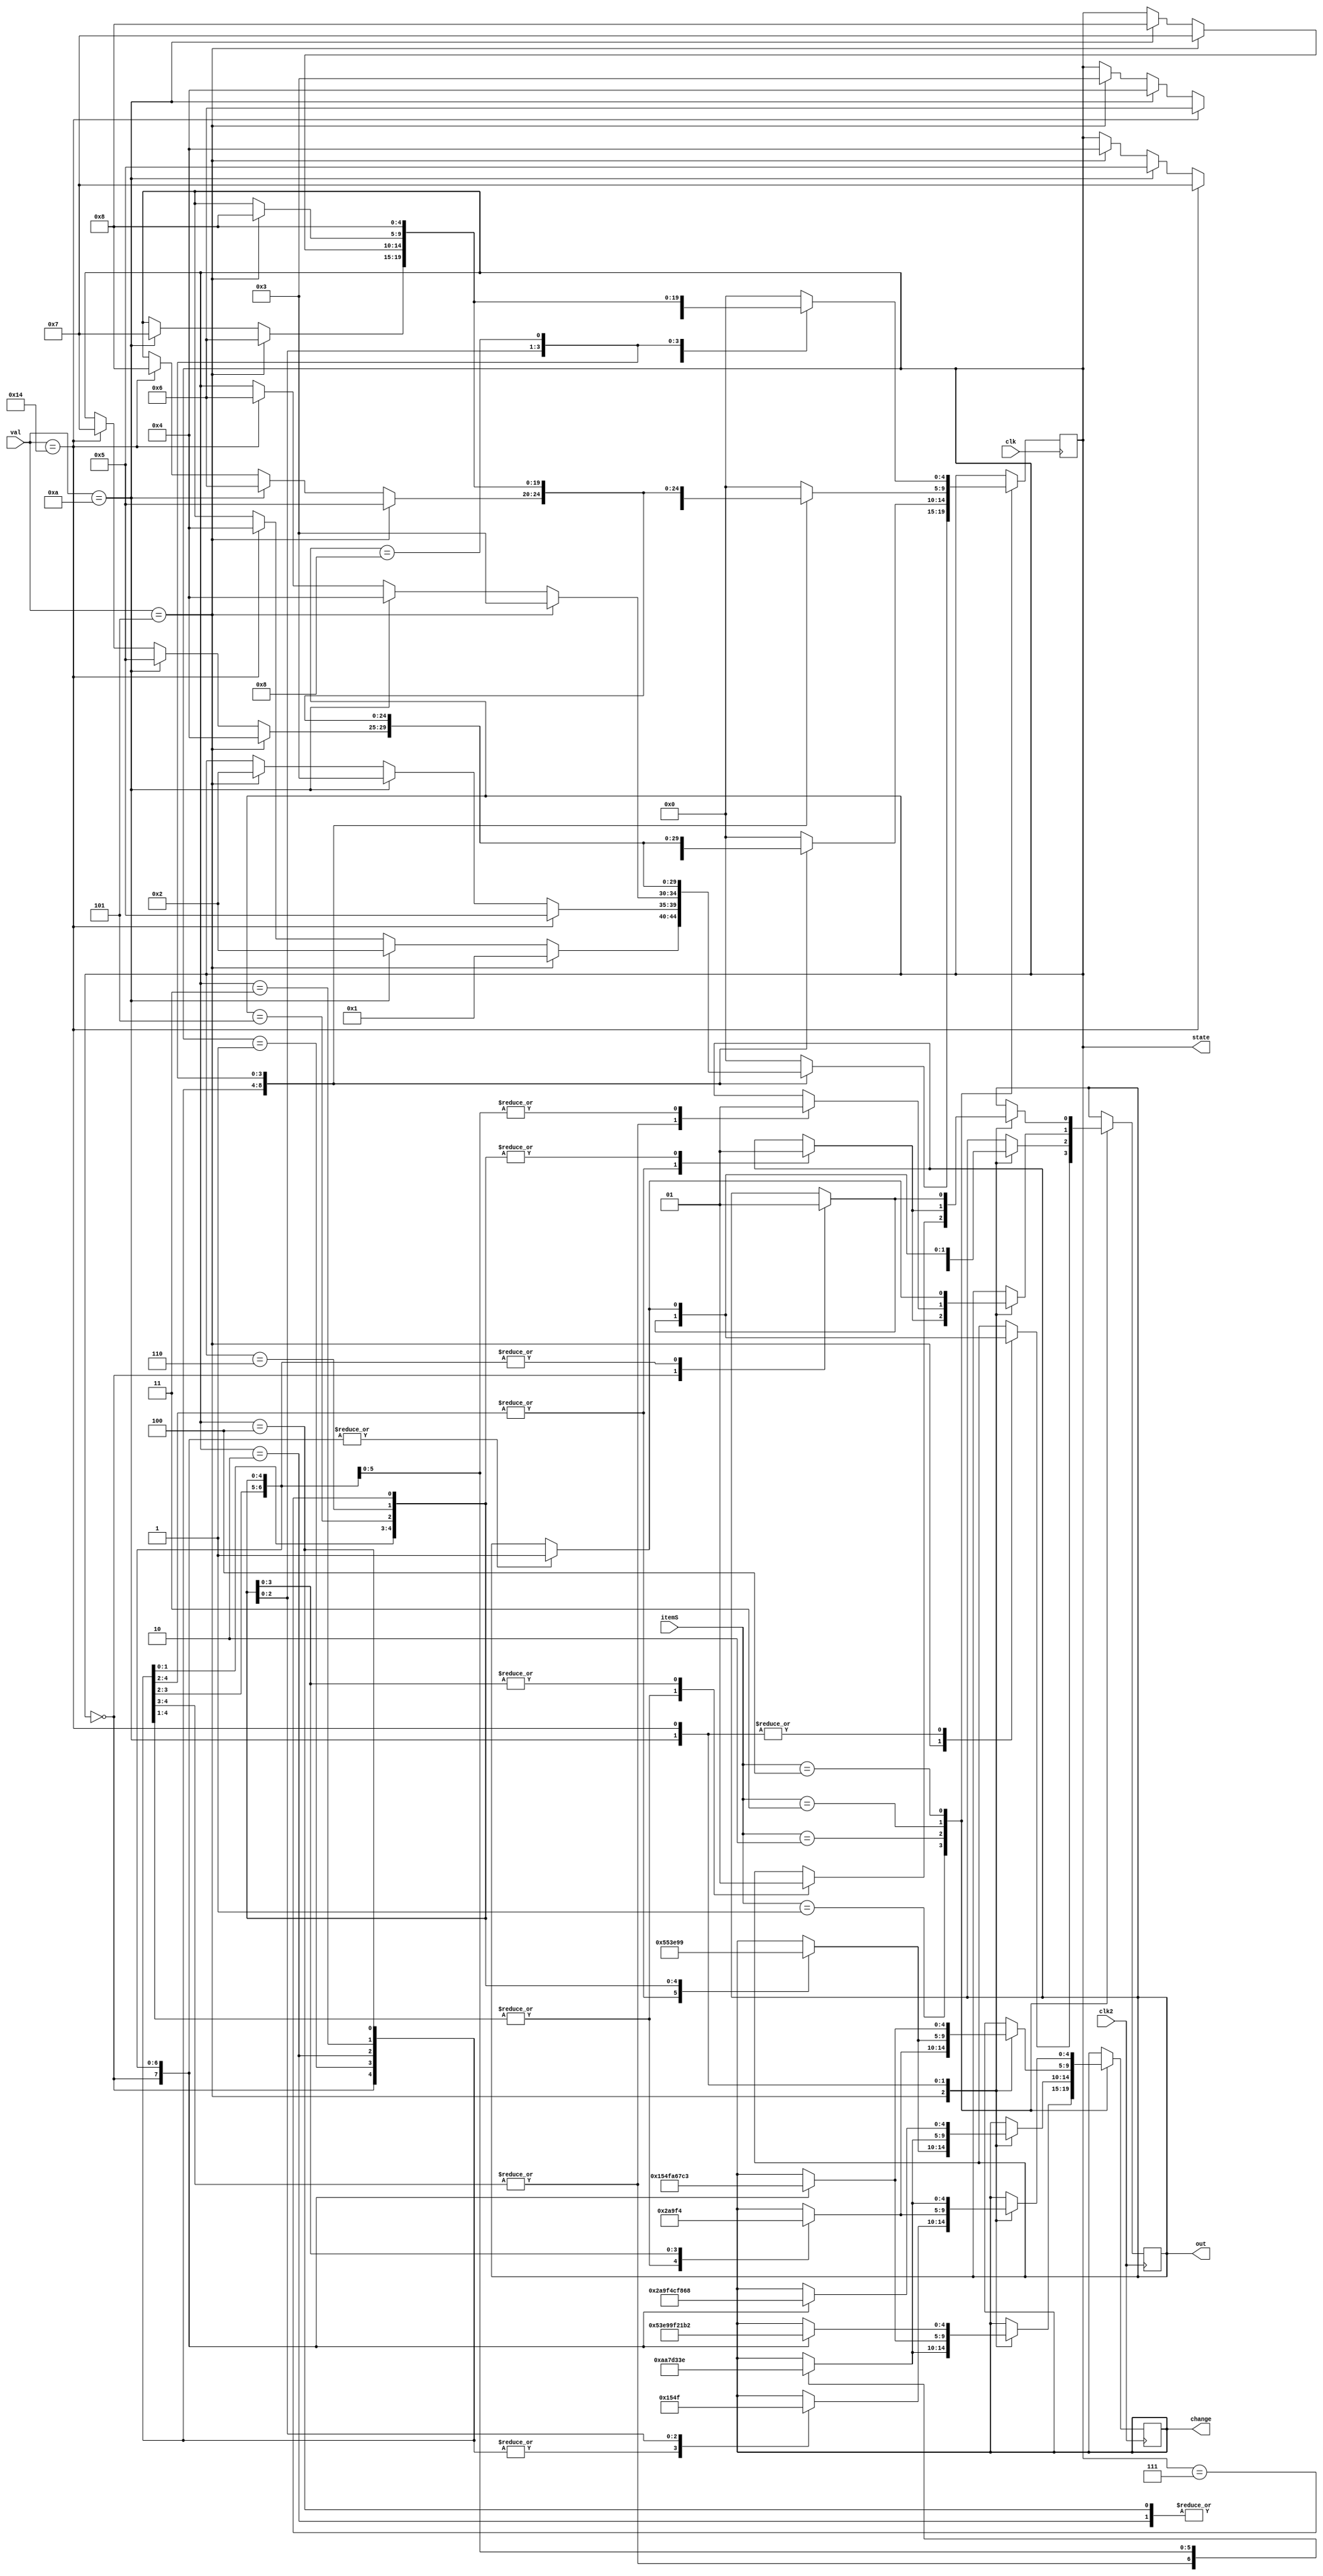
module V1(clk,clk2,itemS,val,out,change,state);
input clk,clk2;
input [4:0] val,itemS;
output reg [4:0] state;
output reg [4:0]change;
output reg out;
parameter C0=0,C1=5,C2=10,C3=15,C4=20,C5=25,C6=30,C7=35,C8=40;
parameter none=0,Grape=1,Orange=2,Mango=3,Pineapple=4;
parameter S0=0,S1=1,S2=2,S3=3,S4=4,S5=5,S6=6,S7=7,S8=8;
always@(posedge clk)
begin 
    case(itemS)
    Grape:
    begin
        case(state)
        S0:
        begin
            if(val==5)
            state<=S1;
            else if(val==10)
            state<=S2;
            else if(val==20)
            state<=S4;
        end
        S1:
        begin 
            if(val==5)
            state<=S2;
            if(val==10)
            state<=S3;
            if(val==20)
            state<=S5;
        end
        S2:
        begin
            if(val==5)
            state<=S3;
            else if(val==10)
            state<=S4;
            else if(val==20)
            state<=S6;
        end
        S3:
        begin
            if(val==5)
            state<=S4;
            else if(val==10)
            state<=S5;
            else if(val==20)
            state<=S7;
        end
        S4:
        begin
            if(val==5)
            state<=S5;
            else if(val==10)
            state<=S6;
            else if(val==20)
            state<=S8;
        end
        S5:
        begin
            if(val==5)
            state<=S6;
            else if(val==10)
            state<=S7;
        end
        S6:
        if(val==5)
            state<=S7;
        else if(val==10)
            state<=S8;
        S7:
        if(val==5)
            state<=S8;
        S8:
        state<=S8;
        default:
        state<=S0;
    endcase
    end
    Orange:
    begin
        case(state)
        S0:
        begin
            if(val==5)
            state<=S1;
            else if(val==10)
            state<=S2;
            else if(val==20)
            state<=S4;
        end
        S1:
        begin 
            if(val==5)
            state<=S2;
            if(val==10)
            state<=S3;
            if(val==20)
            state<=S5;
        end
        S2:
        begin 
            if(val==5)
            state<=S3;
            if(val==10)
            state<=S4;
            if(val==20)
            state<=S6;
        end
        S3:
        begin
            if(val==5)
            state<=S4;
            else if(val==10)
            state<=S5;
            else if(val==20)
            state<=S7;
        end
        S4:
        begin
            if(val==5)
            state<=S5;
            else if(val==10)
            state<=S6;
            else if(val==20)
            state<=S8;
        end
        S5:
        begin
            if(val==5)
            state<=S6;
            else if(val==10)
            state<=S7;
        end
        S6:
        begin
            if(val==5)
            state<=S7;
            else if(val==10)
            state<=S8;
        end
        S7:
        begin
            if(val==5)
            state<=S8;
        end
        S8:
        state<=S8;
        default:
        state<=S0;
        endcase 
    end
    Mango:
    begin 
        case(state)
        S0:
        begin
            if(val==5)
            state<=S1;
            else if(val==10)
            state<=S2;
            else if(val==20)
            state<=S4;
        end
        S1:
        begin 
            if(val==5)
            state<=S2;
            if(val==10)
            state<=S3;
            if(val==20)
            state<=S5;
        end
        S2:
        begin 
            if(val==5)
            state<=S3;
            if(val==10)
            state<=S4;
            if(val==20)
            state<=S6;
        end
        S3:
        begin 
            if(val==5)
            state<=S4;
            if(val==10)
            state<=S5;
            if(val==20)
            state<=S7;
        end
        S4:
        begin
            if(val==5)
            state<=S5;
            else if(val==10)
            state<=S6;
            else if(val==20)
            state<=S8;
        end
        S5:
        begin
            if(val==5)
            state<=S6;
            else if(val==10)
            state<=S7;
        end
        S6:
        begin
            if(val==5)
            state<=S7;
            else if(val==10)
            state<=S8;
        end
        S7:
        begin
            if(val==5)
            state<=S8;
        end
        S8:
        state<=S8;
        default:
        state<=S0;
        endcase
    end
    Pineapple:
    begin
        case(state)
        S0:
        begin
            if(val==5)
            state<=S1;
            else if(val==10)
            state<=S2;
            else if(val==20)
            state<=S4;
        end
        S1:
        begin 
            if(val==5)
            state<=S2;
            if(val==10)
            state<=S3;
            if(val==20)
            state<=S5;
        end
        S2:
        begin 
            if(val==5)
            state<=S3;
            if(val==10)
            state<=S4;
            if(val==20)
            state<=S6;
        end
        S3:
        begin 
            if(val==5)
            state<=S4;
            if(val==10)
            state<=S5;
            if(val==20)
            state<=S7;
        end
        S4:
        begin 
            if(val==5)
            state<=S3;
            if(val==10)
            state<=S4;
            if(val==20)
            state<=S6;
        end
        S5:
        begin
            if(val==5)
            state<=S6;
            else if(val==10)
            state<=S7;
        end
        S6:
        begin
            if(val==5)
            state<=S7;
            else if(val==10)
            state<=S8;
        end
        S7:
        begin
            if(val==5)
            state<=S8;
        end
        S8:
        state<=S8;
        default:
        state<=S0;
        endcase
    end
    endcase
end
always@(posedge clk2)
begin 
    case(itemS)
    Grape:
        case(val)
        C1:
        begin 
            case(state)
                S0:begin
                out=0;change=0;end
                S1:begin
                out=1;change=0;end
                S2:begin
                out=1;change=5;end
                S3:begin
                out=1;change=10;end
                S4:begin
                out=1;change=15;end
                S5:begin
                out=1;change=20;end
                S6:begin
                out=1;change=25;end
                S7:begin
                out=5;change=30;end
            endcase
        end
        C2:
        begin 
            case(state)
                S0:begin
                out=1;change=0;end
                S1:begin
                out=1;change=5;end
                S2:begin
                out=1;change=10;end
                S3:begin
                out=1;change=15;end
                S4:begin
                out=1;change=20;end
                S5:begin
                out=1;change=25;end
                S6:begin
                out=1;change=30;end
                S7:begin
                out=5;change=35;end
            endcase
        end
        C4:
        begin 
            case(state)
                S0:begin
                out=1;change=10;end
                S1:begin
                out=1;change=15;end
                S2:begin
                out=1;change=20;end
                S3:begin
                out=1;change=25;end
                S4:begin
                out=1;change=30;end
                S5:begin
                out=1;change=40;end
                S6:begin
                out=1;change=45;end
                S7:begin
                out=5;change=50;end
            endcase
        end
        endcase
    Orange:
        case(val)
        C1:
        begin 
            case(state)
                S0:begin
                out=0;change=0;end
                S1:begin
                out=0;change=0;end
                S2:begin
                out=1;change=0;end
                S3:begin
                out=1;change=5;end
                S4:begin
                out=1;change=10;end
                S5:begin
                out=1;change=15;end
                S6:begin
                out=1;change=20;end
                S7:begin
                out=5;change=25;end
            endcase
        end
        C2:
        begin 
            case(state)
                S0:begin
                out=0;change=0;end
                S1:begin
                out=1;change=0;end
                S2:begin
                out=1;change=5;end
                S3:begin
                out=1;change=10;end
                S4:begin
                out=1;change=15;end
                S5:begin
                out=1;change=20;end
                S6:begin
                out=1;change=25;end
                S7:begin
                out=5;change=30;end
            endcase
        end
        C4:
        begin 
            case(state)
                S0:begin
                out=1;change=5;end
                S1:begin
                out=1;change=10;end
                S2:begin
                out=1;change=15;end
                S3:begin
                out=1;change=20;end
                S4:begin
                out=1;change=25;end
                S5:begin
                out=1;change=30;end
                S6:begin
                out=1;change=35;end
                S7:begin
                out=5;change=40;end
            endcase
        end
        endcase
    Mango:
        case(val)
        C1:
        begin 
            case(state)
                S0:begin
                out=0;change=0;end
                S1:begin
                out=0;change=0;end
                S2:begin
                out=0;change=0;end
                S3:begin
                out=1;change=0;end
                S4:begin
                out=1;change=5;end
                S5:begin
                out=1;change=10;end
                S6:begin
                out=1;change=15;end
                S7:begin
                out=5;change=20;end
            endcase
        end
        C2:
        begin 
            case(state)
                S0:begin
                out=0;change=0;end
                S1:begin
                out=0;change=0;end
                S2:begin
                out=1;change=0;end
                S3:begin
                out=1;change=5;end
                S4:begin
                out=1;change=10;end
                S5:begin
                out=1;change=15;end
                S6:begin
                out=1;change=20;end
                S7:begin
                out=5;change=25;end
            endcase
        end
        C4:
        begin 
            case(state)
                S0:begin
                out=1;change=0;end
                S1:begin
                out=1;change=5;end
                S2:begin
                out=1;change=10;end
                S3:begin
                out=1;change=15;end
                S4:begin
                out=1;change=20;end
                S5:begin
                out=1;change=25;end
                S6:begin
                out=1;change=30;end
                S7:begin
                out=1;change=35;end
            endcase
        end
        endcase
    Pineapple:
        case(val)
        C1:
        begin 
            case(state)
                S0:begin
                out=0;change=0;end
                S1:begin
                out=0;change=0;end
                S2:begin
                out=0;change=0;end
                S3:begin
                out=0;change=0;end
                S4:begin
                out=1;change=0;end
                S5:begin
                out=1;change=5;end
                S6:begin
                out=1;change=10;end
                S7:begin
                out=5;change=15;end
            endcase
        end
        C2:
        begin 
            case(state)
                S0:begin
                out=0;change=0;end
                S1:begin
                out=0;change=0;end
                S2:begin
                out=0;change=0;end
                S3:begin
                out=1;change=0;end
                S4:begin
                out=1;change=5;end
                S5:begin
                out=1;change=10;end
                S6:begin
                out=1;change=15;end
                S7:begin
                out=1;change=20;end
            endcase
        end
        C4:
        begin 
            case(state)
                S0:begin
                out=0;change=0;end
                S1:begin
                out=1;change=0;end
                S2:begin
                out=1;change=5;end
                S3:begin
                out=1;change=10;end
                S4:begin
                out=1;change=15;end
                S5:begin
                out=1;change=20;end
                S6:begin
                out=1;change=25;end
                S7:begin
                out=5;change=30;end
            endcase
        end
        endcase
    endcase
end
endmodule